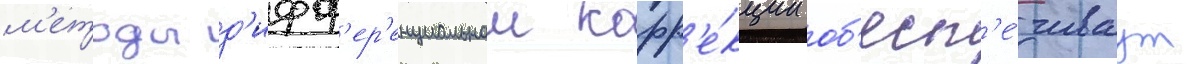
м'етоды д'ифф'ер'енциальнои корр'е́кции об'есп'е́чиваут